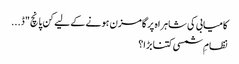
کامیابی کی شاہراہ پر گامزن ہونے کے لیے کن پانچ "ڈ...
نظامِ شمسی کتنا بڑا؟